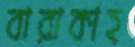
বারাকাহ